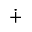
\dotplus